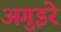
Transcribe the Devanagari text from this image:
अगुइरे